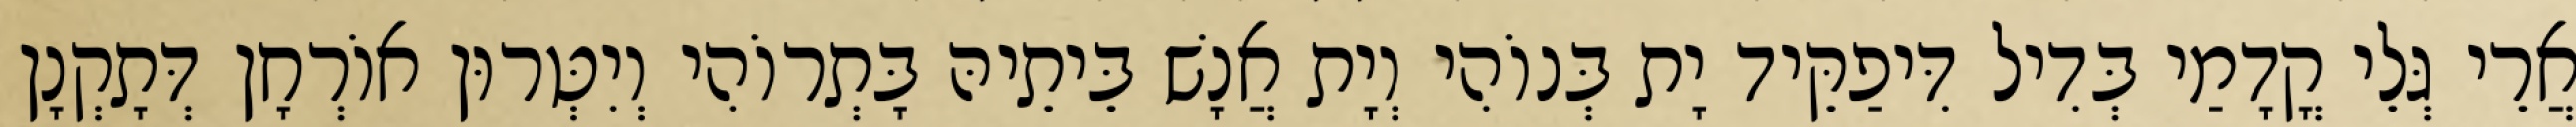
אֲרֵי גְּלֵי קֳדָמַי בְּדִיל דִּיפַקֵּיד יָת בְּנוֹהִי וְיָת אֲנָשׁ בֵּיתֵיהּ בָּתְרוֹהִי וְיִטְּרוּן אוֹרְחָן דְּתָקְנָן